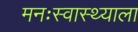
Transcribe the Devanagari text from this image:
मनःस्वास्थ्याला